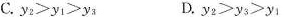
C. $$y _ { 2 } > y _ { 1 } > y _ { 3 }$$ D.$$y _ { 2 } > y _ { 3 } > y _ { 1 }$$